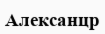
Алексанцр